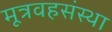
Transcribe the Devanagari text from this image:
मूत्रवहसंस्था